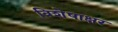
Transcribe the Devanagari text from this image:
विशेषाक्षर